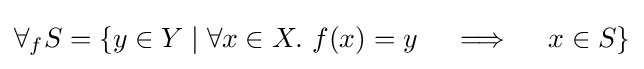
\forall _{f}S=\{y\in Y\;|\;\forall x\in X.\ f(x)=y\quad \implies \quad x\in S\}